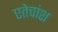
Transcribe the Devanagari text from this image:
एतेचांश